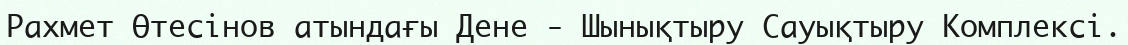
Рахмет Өтесінов атындағы Дене - Шынықтыру Сауықтыру Комплексі.